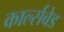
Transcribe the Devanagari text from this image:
कार्ल्सबेड